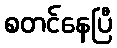
စတင်နေပြီ